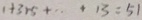
1 + 3 + 5 + \cdot + 1 3 = 5 1